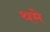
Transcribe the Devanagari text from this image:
थमे